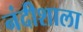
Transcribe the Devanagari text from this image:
नंदीशाला